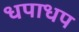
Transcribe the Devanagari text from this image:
धपाधप